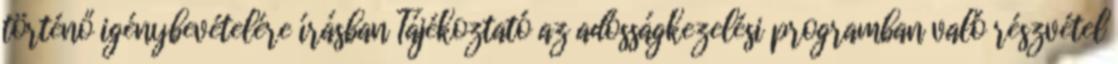
történő igénybevételére írásban Tájékoztató az adósságkezelési programban való részvétel